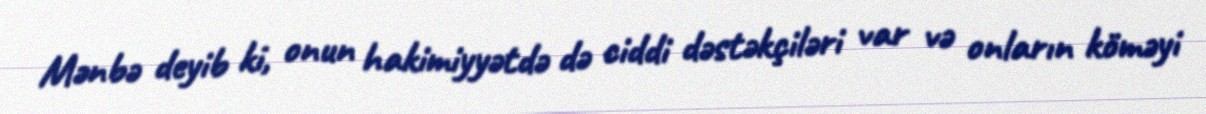
Mənbə deyib ki, onun hakimiyyətdə də ciddi dəstəkçiləri var və onların köməyi